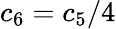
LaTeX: c_{6}=c_{5}/4